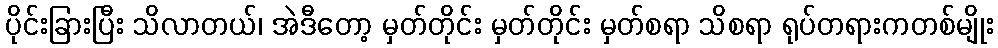
ပိုင်းခြားပြီး သိလာတယ်၊ အဲဒီတော့ မှတ်တိုင်း မှတ်တိုင်း မှတ်စရာ သိစရာ ရုပ်တရားကတစ်မျိုး